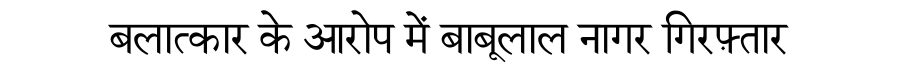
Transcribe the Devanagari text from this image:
बलात्कार के आरोप में बाबूलाल नागर गिरफ़्तार